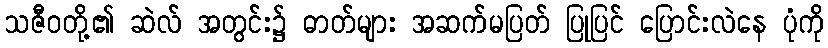
သဇီဝတို့၏ ဆဲလ် အတွင်း၌ ဓာတ်များ အဆက်မပြတ် ပြုပြင် ပြောင်းလဲနေ ပုံကို